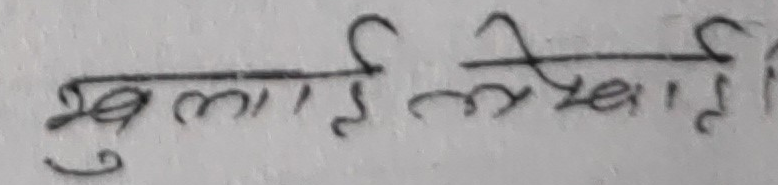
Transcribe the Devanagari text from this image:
खुलाई लेखाई